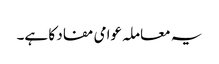
یہ معاملہ عوامی مفاد کا ہے۔